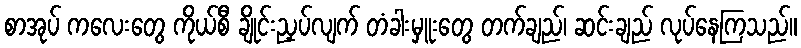
စာအုပ် ကလေးတွေ ကိုယ်စီ ချိုင်းညှပ်လျက် တံခါးမှူးတွေ တက်ချည်၊ ဆင်းချည် လုပ်နေကြသည်။